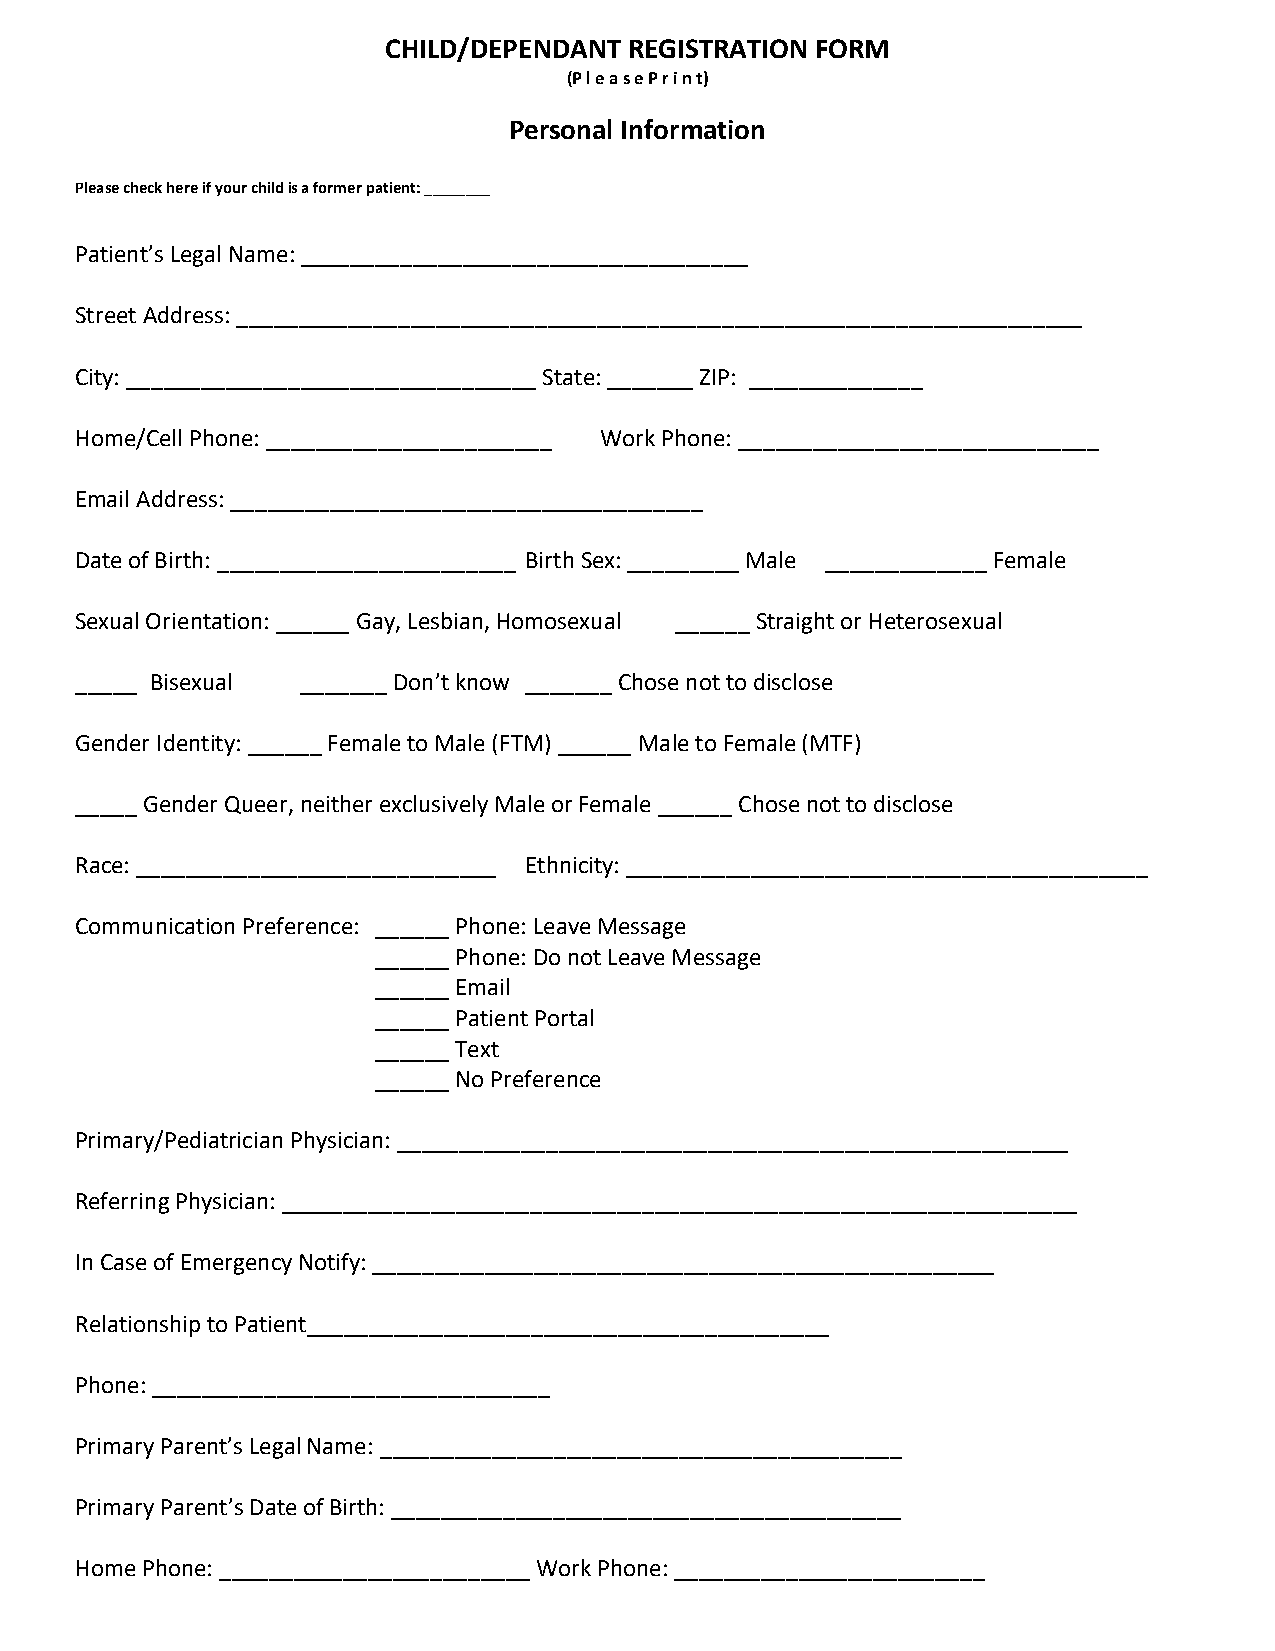
CHILD/DEPENDANT  REGISTRATION FORM
 (P l e a s e P r i n t)
 Personal Information
 Please check here if your child is a former patient: ________
 Patient’s Legal Name: ____________________________________
 Street Address: ____________________________________________________________________
 City: _________________________________ State: _______ ZIP: ______________
 Home/Cell Phone: _______________________ Work Phone: _____________________________
 Email Address: ______________________________________
 Date of Birth: ________________________ Birth Sex: _________ Male _____________ Female
 Sexual Orientation: ______ Gay, Lesbian, Homosexual ______ Straight or Heterosexual
 _____ Bisexual _______ Don’t know _______ Chose not to disclose
 Gender Identity: ______ Female to Male (FTM) ______ Male to Female (MTF)
 _____ Gender Queer, neither exclusively Male or Female ______ Chose not to disclose
 Race: _____________________________ Ethnicity: __________________________________________
 Communication Preference: ______ Phone: Leave Message
 ______ Phone: Do not Leave Message
 ______ Email
 ______ Patient Portal
 ______ Text
 ______ No Preference
 Primary/Pediatrician Physician: ______________________________________________________
 Referring Physician: ________________________________________________________________
 In Case of Emergency Notify: __________________________________________________
 Relationship to Patient__________________________________________
 Phone: ________________________________
 Primary Parent’s Legal Name: __________________________________________
 Primary Parent’s Date of Birth: _________________________________________
 Home Phone: _________________________ Work Phone: _________________________